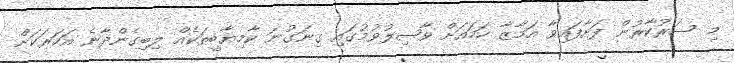
މި ސަރުކާރުން ފަށާފައިވާ އަމާޒާ ހަމައަށް ވާޞިލުވުމުގައި ގިނަގުނަ ކާމިޔާބީތަކެއް ލިބިގެންދާނެ އަހަރަކަށް